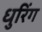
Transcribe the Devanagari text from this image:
धुरिंग